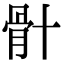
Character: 𮪦